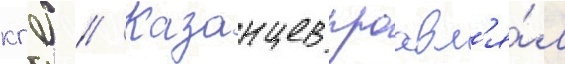
кгб // Казанцев проавл'я́л